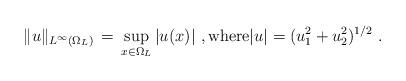
LaTeX: \begin{align*} \|u\|_{L^\infty(\Omega_L)} \,=\, \sup_{x \in \Omega_L} |u(x)|~, \hbox{where} |u| = (u_1^2 + u_2^2)^{1/2}~.\end{align*}